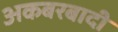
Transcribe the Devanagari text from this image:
अकबरबादी